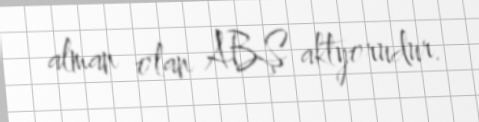
alman olan ABŞ aktyorudur.